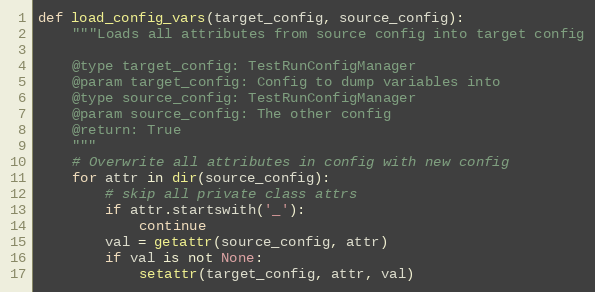
Language: Python
def load_config_vars(target_config, source_config):
    """Loads all attributes from source config into target config

    @type target_config: TestRunConfigManager
    @param target_config: Config to dump variables into
    @type source_config: TestRunConfigManager
    @param source_config: The other config
    @return: True
    """
    # Overwrite all attributes in config with new config
    for attr in dir(source_config):
        # skip all private class attrs
        if attr.startswith('_'):
            continue
        val = getattr(source_config, attr)
        if val is not None:
            setattr(target_config, attr, val)